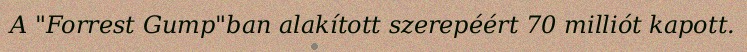
A "Forrest Gump"ban alakított szerepéért 70 milliót kapott.